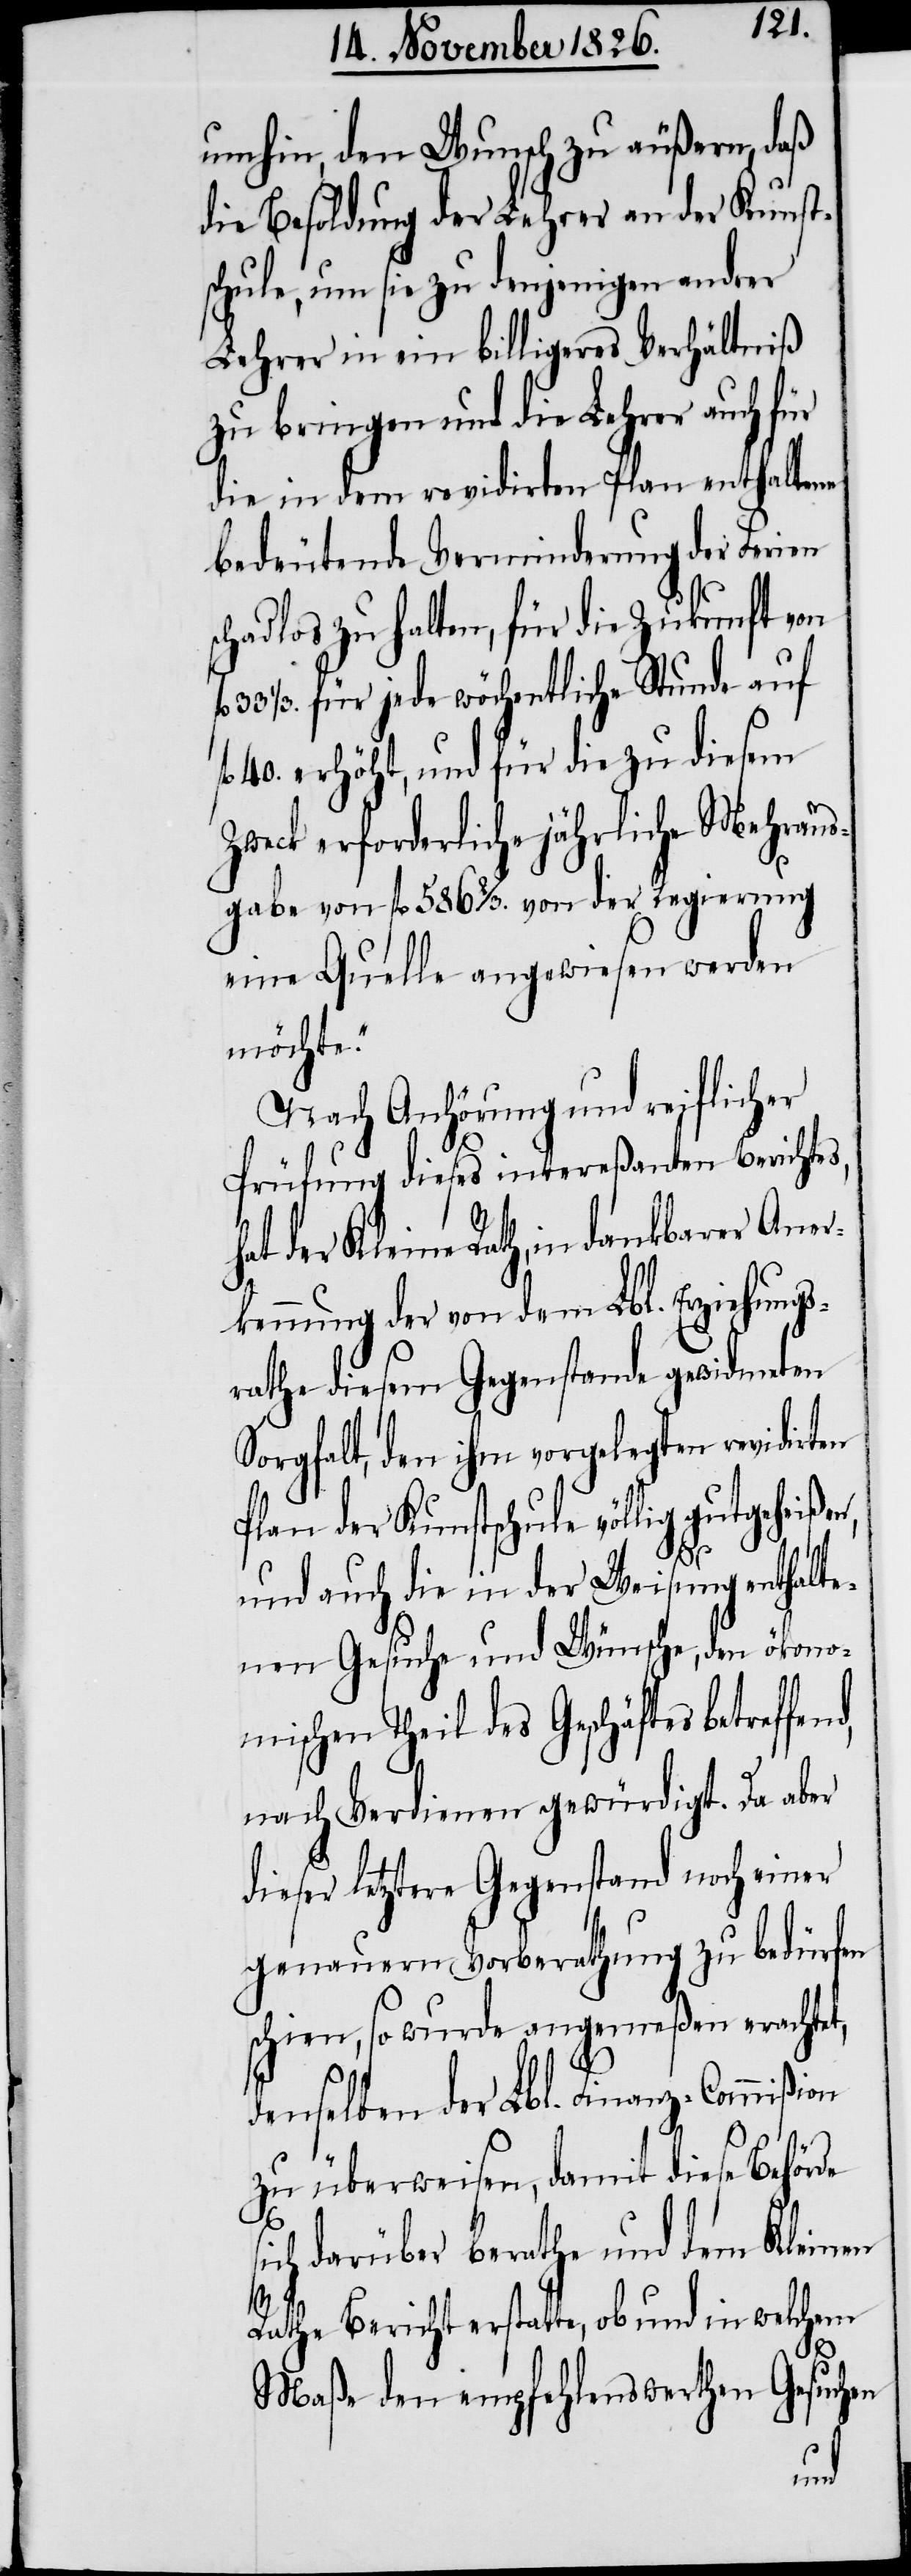
umhin, den Wunsch zu äußern, daß
die Besoldung der Lehrer an der Kunst¬
schule, um sie zu denjenigen andrer
Lehrer in ein billigeres Verhältniß
zu bringen und die Lehrer auch für
die in dem revidirten Plan enthaltene
bedeutende Verminderung der Ferien
schadlos zu halten, für die Zukunft von
1/3. für jede wöchentliche Stunde auf
40. erhöht, und für die zu diesem
Zweck erforderliche jährliche Mehraus¬
gabe von fl. 586 2/3. von der Regierung
eine Quelle angewiesen werden
möchte.“
Nach Anhörung und reiflicher
Prüfung dieses intereßanten Berichte¬
hat der Kleine Rath, in dankbarer Aner¬
kennung der von dem Lbl. Erziehungs¬
rath diesem Gegenstand gewidmeten
Sorgfalt, den ihm vorgelegten revidirten
Plan der Kunstschule völlig gutgeheiß¬
und auch die in der Weisung enthalte¬
nen Gesuche und Wünsche, den ökono¬
mischen Theil des Geschäftes betreffen¬
nach Verdienen gewürdigt. Da aber
dieser letztere Gegenstand noch einer
genauern Vorberathung zu bedürfen
schien, so wurde angemeßen erachte¬
denselben der Lbl. Finanz-Commißion
zu überweisen, damit diese Behörde
ich darüber berathe und dem Kleinen
s¬
Rathe Bericht erstatte, ob und in welchem
Maße den empfehlenswerthen Gesuchen
en,